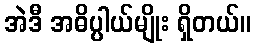
အဲဒီ အဓိပ္ပါယ်မျိုး ရှိတယ်။